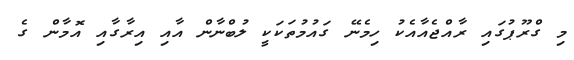
މި ގްރޫޕުގައި ރާއްޖެއާއެކު ހިމެނޭ ގައުމުތަކަކީ ލުބްނާން އާއި އިރާގާއި އޮމާން ގެ